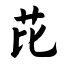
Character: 芘